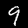
Label: 9